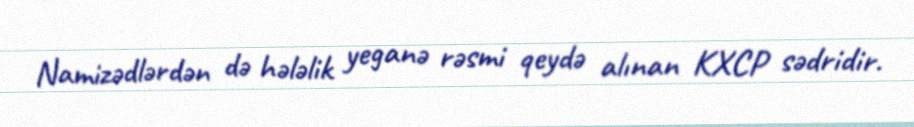
Namizədlərdən də hələlik yeganə rəsmi qeydə alınan KXCP sədridir.